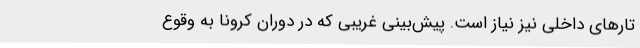
تارهای داخلی نیز نیاز است. پیش‌بینی غریبی که در دوران کرونا به وقوع